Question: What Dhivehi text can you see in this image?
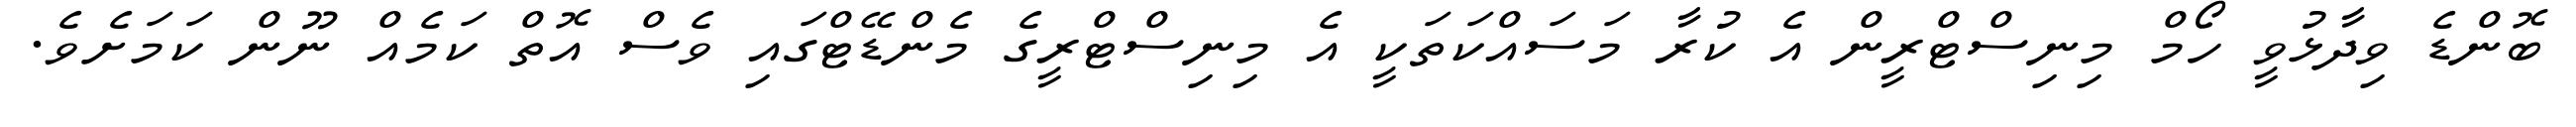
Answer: ބޮންޑެ ވިދާޅުވީ ހޯމް މިނިސްޓްރީން އެ ކުރާ މަސައްކަތަކީ އެ މިނިސްޓްރީގެ މެންޑޭޓްގައި ވެސް އޮތް ކަމެއް ނޫން ކަމަށެވެ.